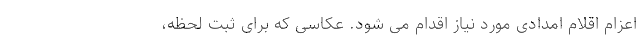
اعزام اقلام امدادی مورد نیاز اقدام می شود. عکاسی که برای ثبت لحظه،